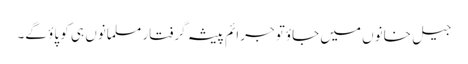
جیل خانوں میں جاؤتو جرائم پیشہ گرفتار مسلمانوں ہی کو پاؤ گے۔